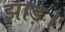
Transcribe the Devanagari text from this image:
झाड़।